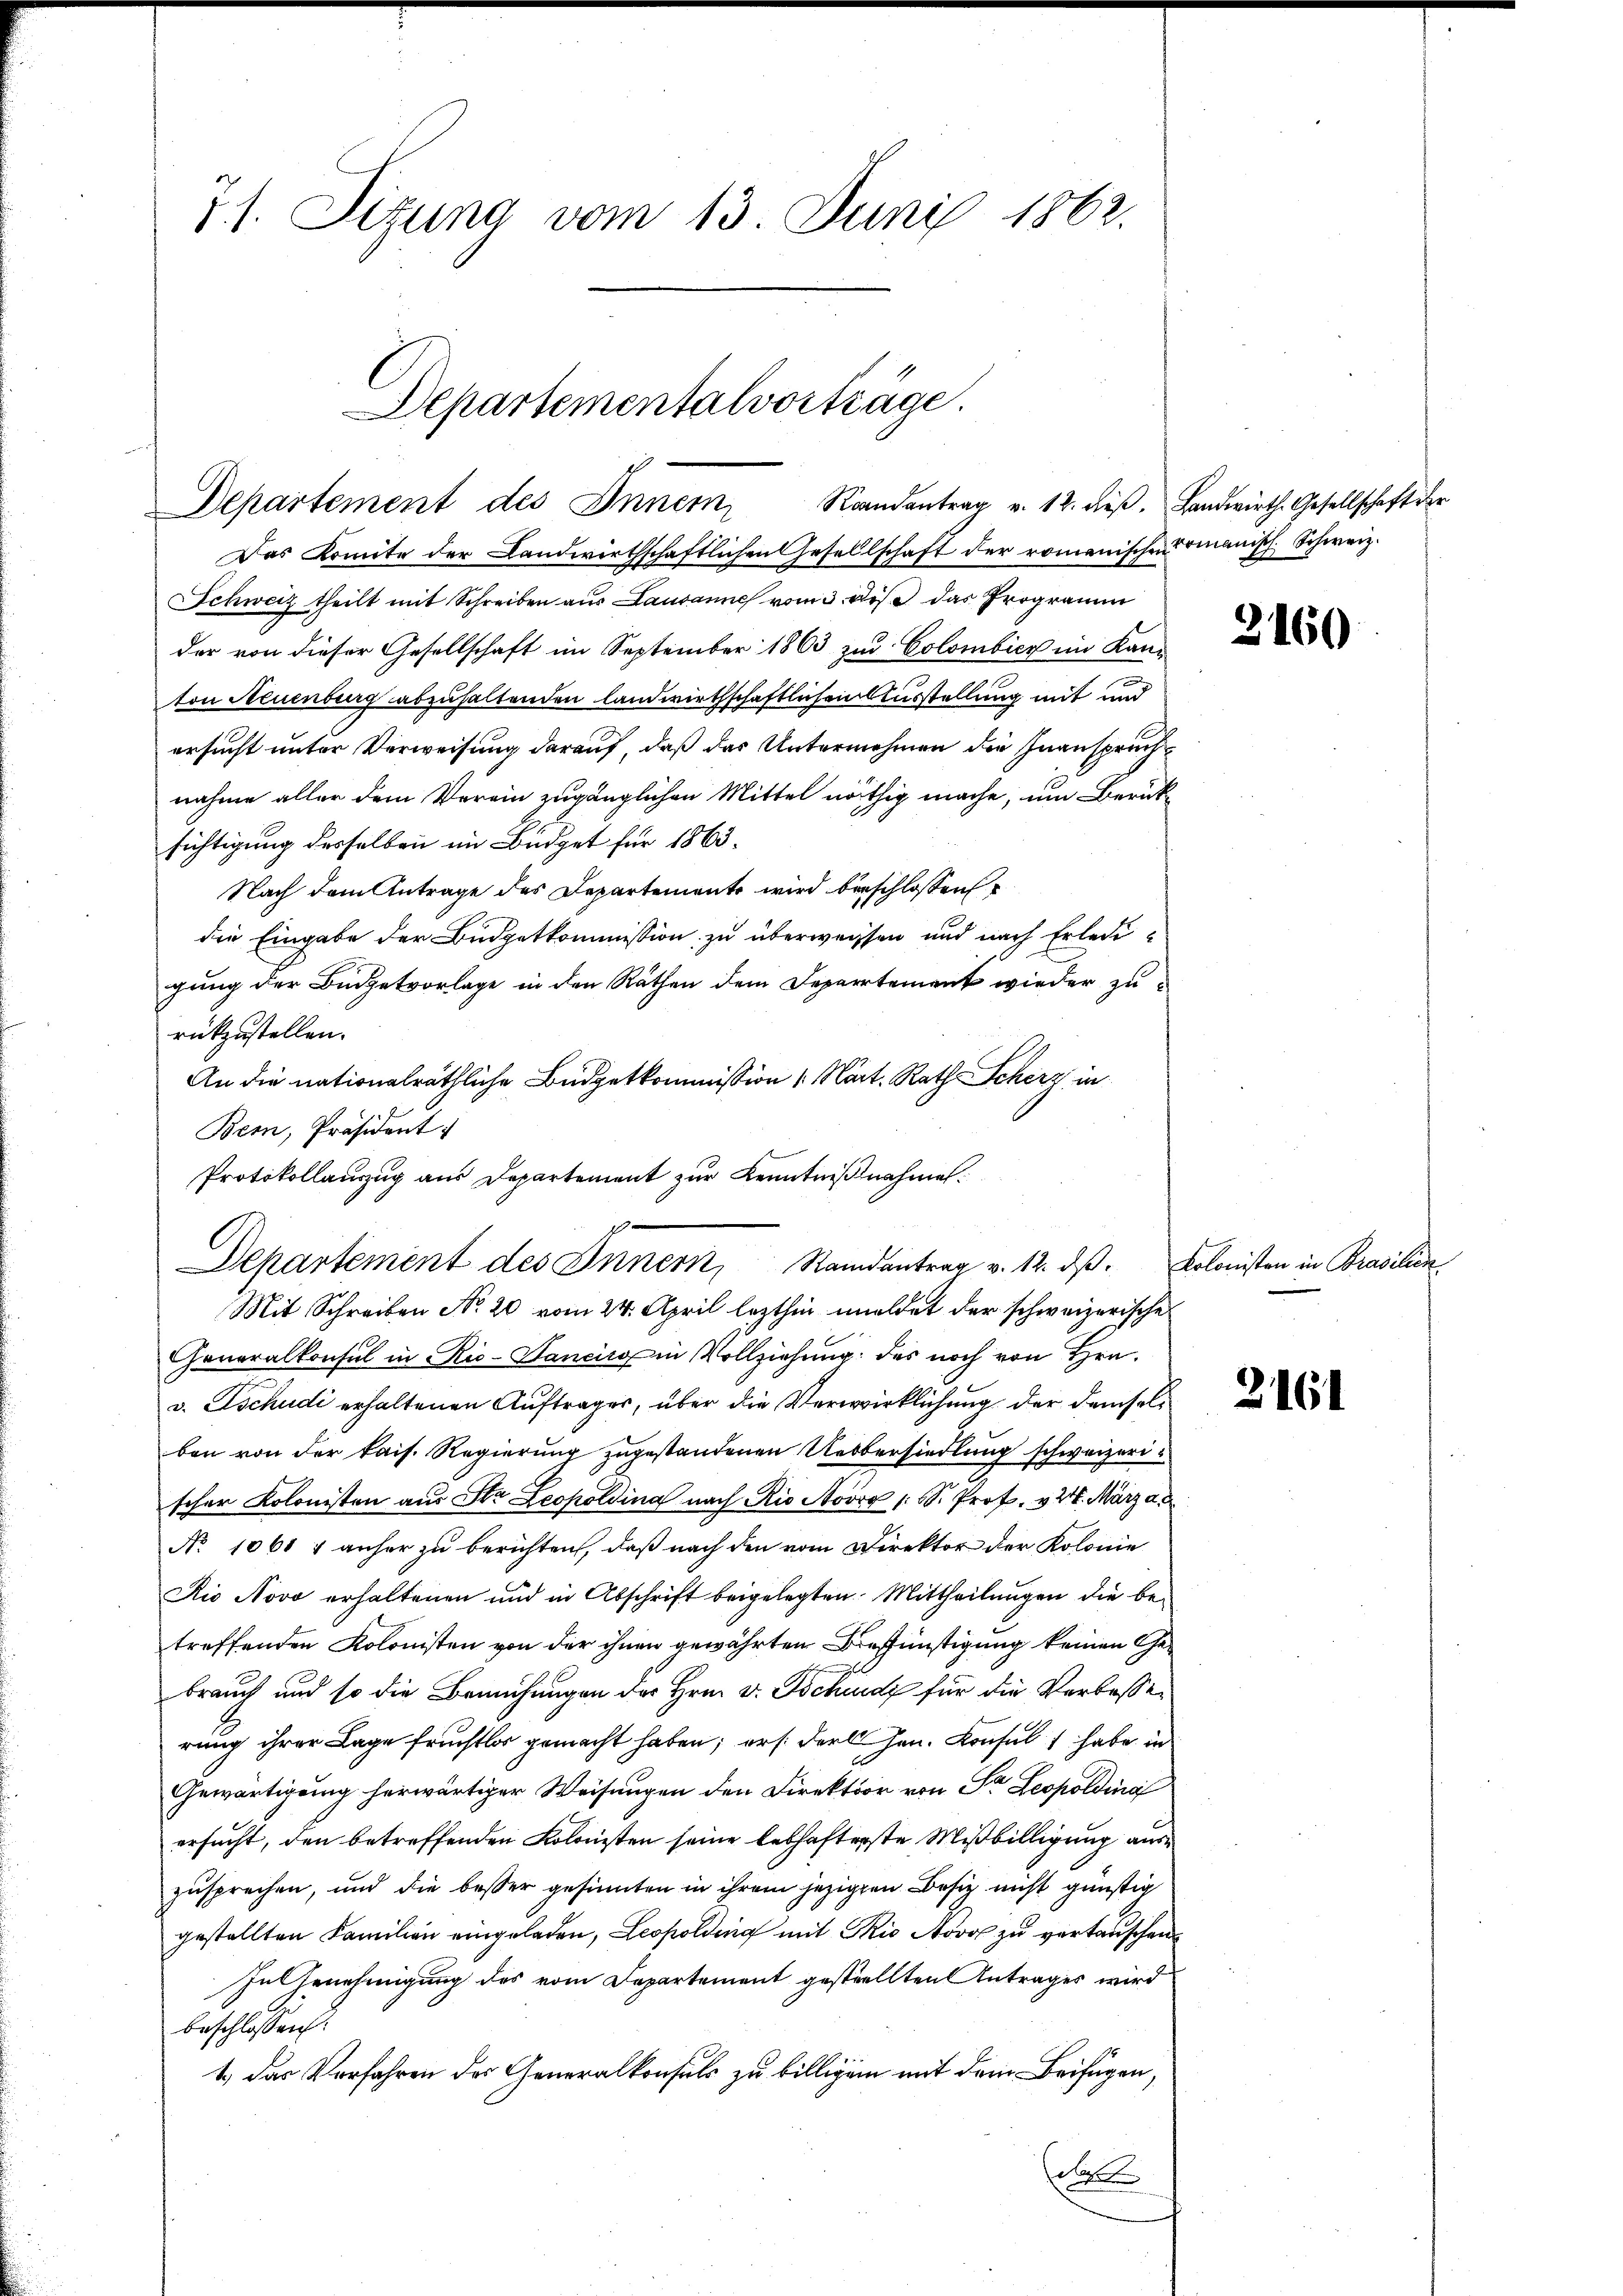
7). Sitzung vom 13. Juni 1862.

Departementalvorträge.
Departement des Innen Randantrag v. 12. dieß. Landwirth. Gesellschaft der

Das Komite der Landwirthschaftlichen Gesellschaft der romanischen Komanisch. Schweiz.
Schweiz theilt mit Schreiben aus Lausanne vom 3. des das Programm
der von dieser Gesellschaft im September 1863 zur Colombicz im Kanton Neuenburg abzuhaltenden landwirthschaftlichen Ausstellung mit und
ersucht unter Verweisung darauf, daß das Unternehmen die Inanspruch
nahme aller dem Verein zugänglichen Mittel nöthig mache, um Berücksichtigung desselben im Büdget für 1863.
Nach dem Antrage des Departemente wird beschlossen
die Eingabe der Budgetkommission zu überweissen und nach Erledigung der Budgetvorlage in den Räthen dem Departement wieder zurückzustellen.
An die nationalräthliche Büdgetkommission 1. Mart. Rath Scherz in
Bern, Präsident:
Protokollauszug aus Departement zur Kenntnißnahmen.

pe
Departement des Innern, Randantrag v. 12. dβ. Kolonisten in Brasilien
Mit Schreiben No 20 vom 24. April lezthin meldet der schweizerische

Generalkonsul in Rio-Vanciro in Vollziehung des noch von Hrn.
v. Tschudi erhaltenen Auftrages, über die Verwirklichung der demselben von der kais. Regierung zugestandenen Uebersiedlung schweizerischer Kolonisten aus Str. Leopoldina nach Rio No 1 S. Prof. v. 24. März a.
No 1061 & anher zu berichten, daß nach den vom Direktor der Kolonie
Rio Novo erhaltenen und in Abschrift beigelegten Mittheilungen die betreffenden Kolonisten von der ihnen gewährten Brefünstigung keinen Gebrauch und so die Bemühungen der Hrn. v. Tschurdz für die Verbeßerung ihrer Lage fruchtlos gemacht haben; erst der Hrn. Konsul 1 habe in
Gewärtigung herwärtiger Weisungen den Direktion von Sr. Leopoldina
ersucht, den betreffenden Kolonisten seine lebhafterste Mißbilligung auszusprechen, und die besser gesinnten in ihrem jezigen Besitz nicht günstig
gestellten Familien eingeladen, Leopolding mit Rio Movo zu vertauschen
In Genehmigung des vom Departement gestellten Antrages wird
beschlossen:
1.) Das Verfahren der Generalkonsuls zu billigen mit dem Beifügen,
d

3160

2161